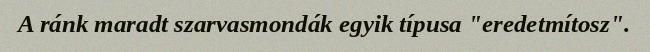
A ránk maradt szarvasmondák egyik típusa "eredetmítosz".